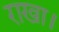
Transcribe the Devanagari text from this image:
राखा।